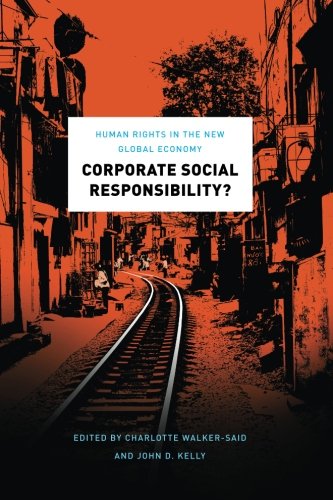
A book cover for Corporate Social Responsibility?: Human Rights in the New Global Economy; Law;